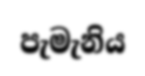
පැමැනිය